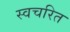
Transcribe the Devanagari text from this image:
स्वचरित